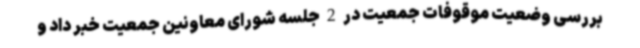
بررسی وضعیت موقوفات جمعیت در 2 جلسه شورای معاونین جمعیت خبر داد و